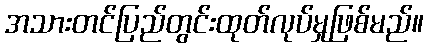
အသားတင်ပြည်တွင်းထုတ်လုပ်မှုဖြစ်မည်။